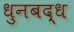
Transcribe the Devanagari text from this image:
धुनबद्ध